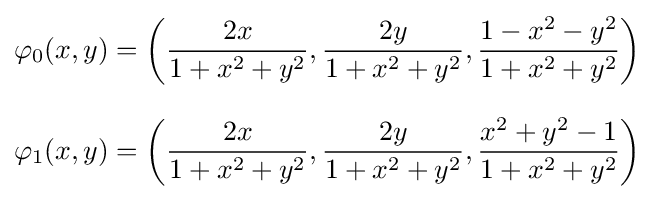
{\begin{aligned}\varphi _{0}(x,y)&=\left({\frac {2x}{1+x^{2}+y^{2}}},{\frac {2y}{1+x^{2}+y^{2}}},{\frac {1-x^{2}-y^{2}}{1+x^{2}+y^{2}}}\right)\\[8pt]\varphi _{1}(x,y)&=\left({\frac {2x}{1+x^{2}+y^{2}}},{\frac {2y}{1+x^{2}+y^{2}}},{\frac {x^{2}+y^{2}-1}{1+x^{2}+y^{2}}}\right)\end{aligned}}